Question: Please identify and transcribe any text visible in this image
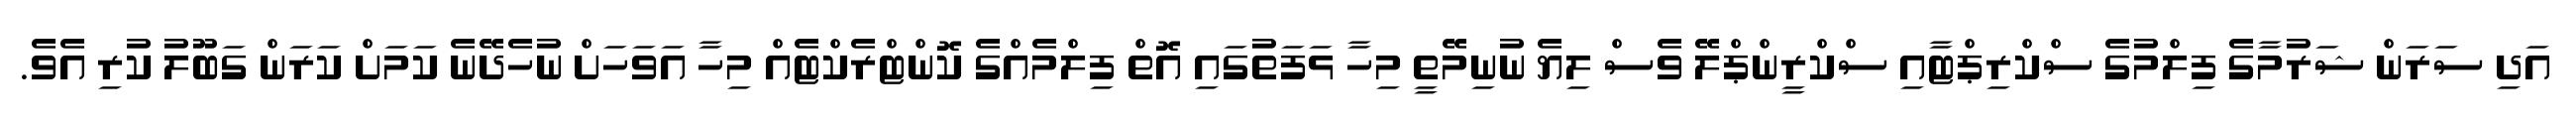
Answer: އަދި ސަރަން ޝަރުމާގެ ފިލްމުގެ ސްކްރިޕްޓާއި ސްކްރީންޕްލޭ ވެސް ލިޔެ ނުނިމޭތީ މިހާ ޅަފަތުގައި އޮތް ފިލްމެއްގެ ކޮންޓްރެކްޓެއް މިހާ އަވަހަށް ނުހެދޭނެ ކަމަށް ކަރަން ގަބޫލު ކުރި އެވެ.